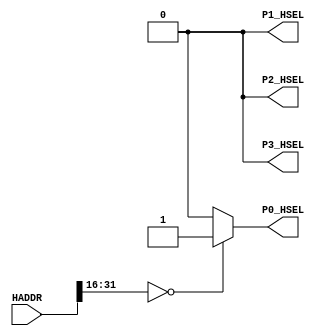
// This program was cloned from: https://github.com/flyjancy/CortexM0_SoC_Task
// License: MIT License

module AHBlite_Decoder
#(
    /*RAMCODE enable parameter*/
    parameter Port0_en = 1,
    /************************/

    /*WaterLight enable parameter*/
    parameter Port1_en = 0,
    /************************/

    /*RAMDATA enable parameter*/
    parameter Port2_en = 0,
    /************************/

    /*UART enable parameter*/
    parameter Port3_en=0
    /************************/
)(
    input [31:0] HADDR,

    /*RAMCODE OUTPUT SELECTION SIGNAL*/
    output wire P0_HSEL,

    /*WaterLight OUTPUT SELECTION SIGNAL*/
    output wire P1_HSEL,

    /*RAMDATA OUTPUT SELECTION SIGNAL*/
    output wire P2_HSEL,

    /*UART OUTPUT SELECTION SIGNAL*/
    output wire P3_HSEL       
);

//RAMCODE-----------------------------------

//0x00000000-0x0000ffff
/*Insert RAMCODE decoder code there*/
assign P0_HSEL = (HADDR[31:16] == 16'h0000) ? Port0_en : 1'b0; 
/***********************************/



//PERIPHRAL-----------------------------

//0X40000000 WaterLight MODE
//0x40000004 WaterLight SPEED
/*Insert WaterLight decoder code there*/
assign P2_HSEL = 1'b0; 
/***********************************/

//0X40000010 UART RX DATA
//0X40000014 UART TX STATE
//0X40000018 UART TX DATA
/*Insert UART decoder code there*/
assign P3_HSEL = 1'b0;
/***********************************/

//RAMDATA-----------------------------
//0X20000000-0X2000FFFF
/*Insert RAMDATA decoder code there*/
assign P1_HSEL = 1'b0; 
/***********************************/

endmodule